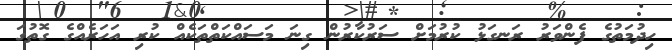
ހިދުމަތުގެ ފެންވަރު ރަނގަޅު ކުރުމަށް ސަރުކާރުން ގިނަ މަސައްކަތްތަކެއް ކުރި އަހަރެއްގެ ގޮތުގަ